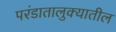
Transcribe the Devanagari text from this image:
परंडातालुक्यातील